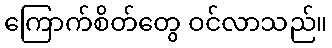
ကြောက်စိတ်တွေ ဝင်လာသည်။